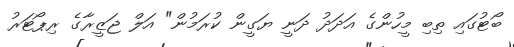
ބޯޓުގައި ތިބި މީހުންގެ އަދަދު ދަނީ ޔަގީން ކުރަމުން" އަލް ޖަޒީރާގެ ރިޕޯޓަރު